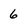
Character: 6